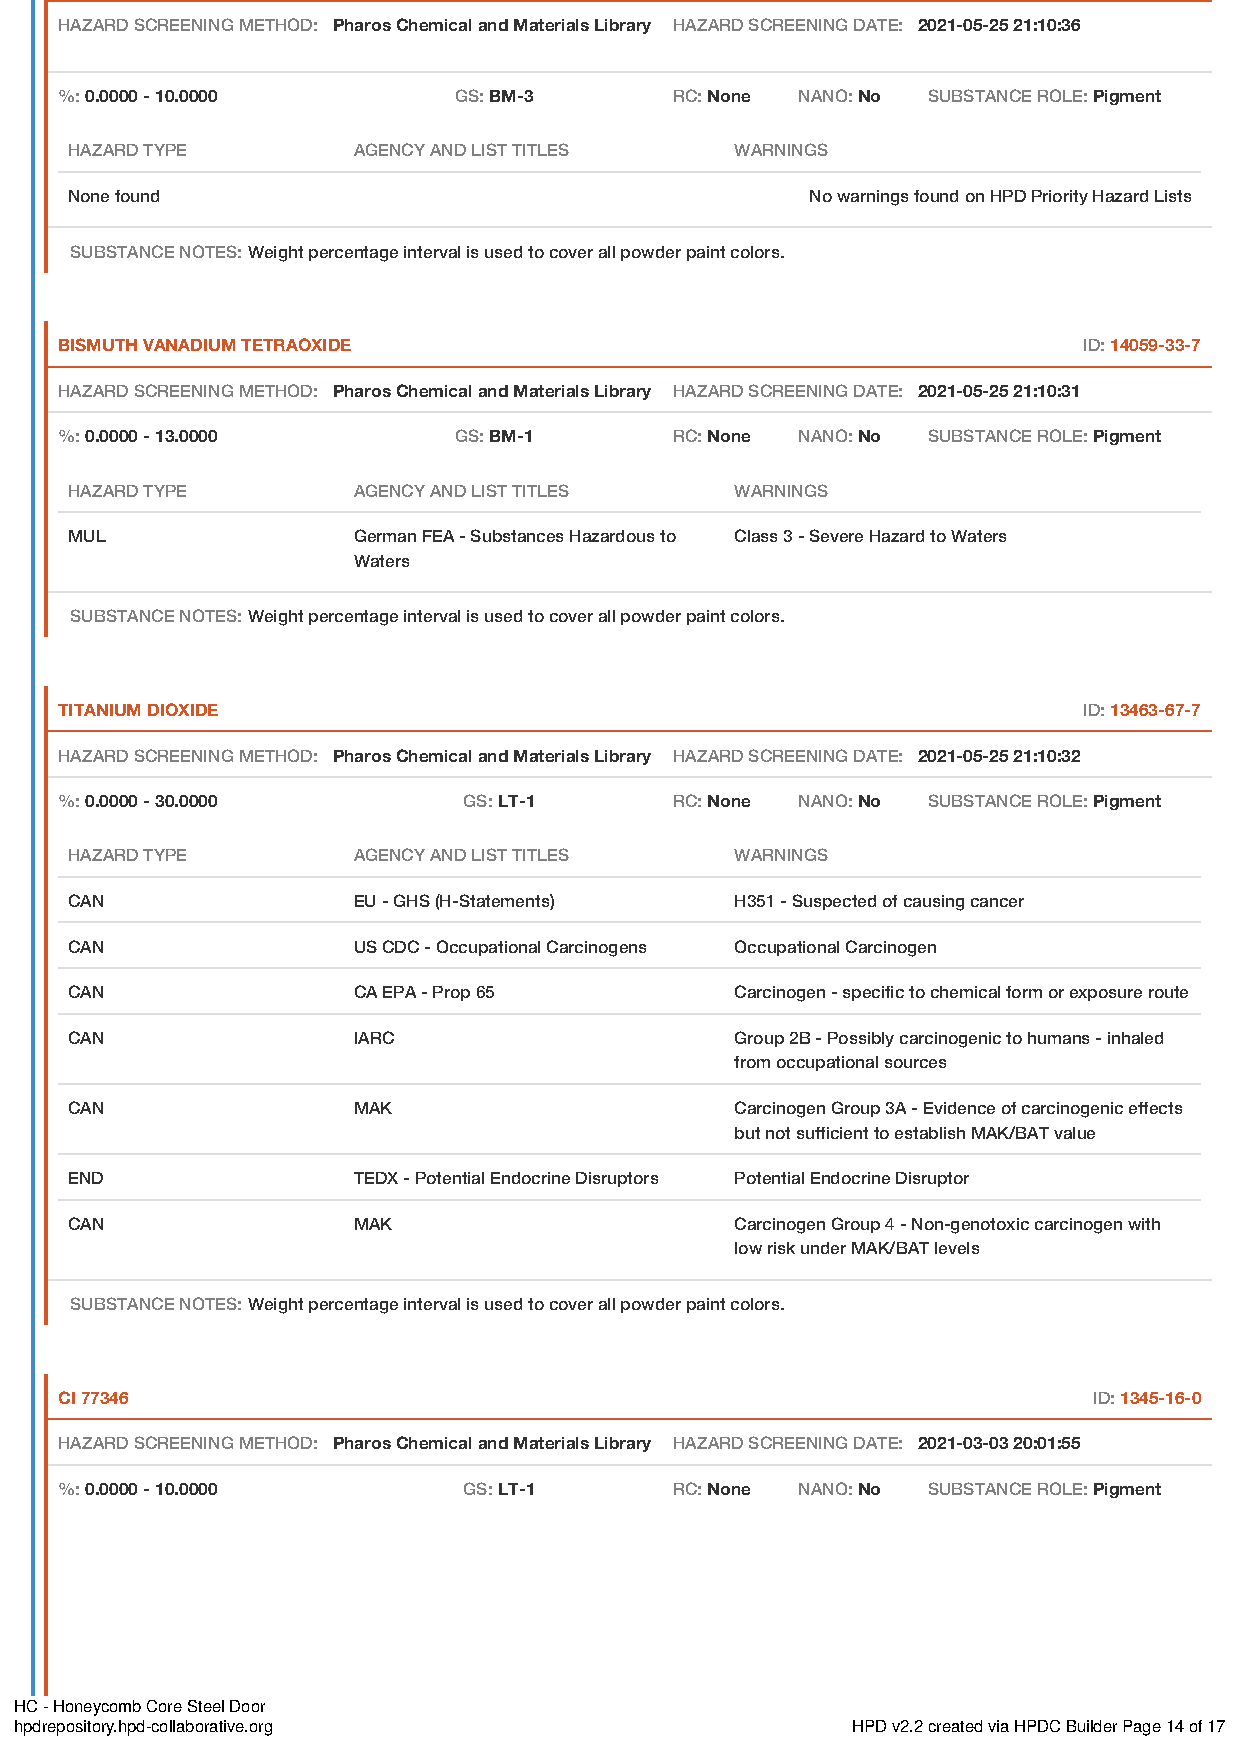
HAZARD SCREENING METHOD: Pharos Chemical and Materials Library HAZARD SCREENING DATE: 2021-05-25 21:10:36
 %: 0.0000 - 10.0000       GS: BM-3       RC: None NANO: No SUBSTANCE ROLE: Pigment
 HAZARD TYPE        AGENCY AND LIST TITLES    WARNINGS
 None found                                        No warnings found on HPD Priority Hazard Lists
 SUBSTANCE NOTES: Weight percentage interval is used to cover all powder paint colors.
 BISMUTH VANADIUM TETRAOXIDE                                         ID: 14059-33-7
 HAZARD SCREENING METHOD: Pharos Chemical and Materials Library HAZARD SCREENING DATE: 2021-05-25 21:10:31
 %: 0.0000 - 13.0000       GS: BM-1       RC: None NANO: No SUBSTANCE ROLE: Pigment
 HAZARD TYPE        AGENCY AND LIST TITLES    WARNINGS
 MUL                German FEA - Substances Hazardous to Class 3 - Severe Hazard to Waters
 Waters
 SUBSTANCE NOTES: Weight percentage interval is used to cover all powder paint colors.
 TITANIUM DIOXIDE                                                    ID: 13463-67-7
 HAZARD SCREENING METHOD: Pharos Chemical and Materials Library HAZARD SCREENING DATE: 2021-05-25 21:10:32
 %: 0.0000 - 30.0000        GS: LT-1      RC: None NANO: No SUBSTANCE ROLE: Pigment
 HAZARD TYPE        AGENCY AND LIST TITLES    WARNINGS
 CAN                EU - GHS (H-Statements)   H351 - Suspected of causing cancer
 CAN                US CDC - Occupational Carcinogens Occupational Carcinogen
 CAN                CA EPA - Prop 65          Carcinogen - specific to chemical form or exposure route
 CAN                IARC                      Group 2B - Possibly carcinogenic to humans - inhaled
 from occupational sources
 CAN                MAK                       Carcinogen Group 3A - Evidence of carcinogenic effects
 but not sufficient to establish MAK/BAT value
 END                TEDX - Potential Endocrine Disruptors Potential Endocrine Disruptor
 CAN                MAK                       Carcinogen Group 4 - Non-genotoxic carcinogen with
 low risk under MAK/BAT levels
 SUBSTANCE NOTES: Weight percentage interval is used to cover all powder paint colors.
 CI 77346                                                            ID: 1345-16-0
 HAZARD SCREENING METHOD: Pharos Chemical and Materials Library HAZARD SCREENING DATE: 2021-03-03 20:01:55
 %: 0.0000 - 10.0000        GS: LT-1      RC: None NANO: No SUBSTANCE ROLE: Pigment
 HC - Honeycomb Core Steel Door
 hpdrepository.hpd-collaborative.org                    HPD v2.2 created via HPDC Builder Page 14 of 17